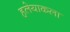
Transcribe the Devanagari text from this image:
हलेयाकला